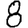
Digit: 8